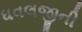
ધવલજીની